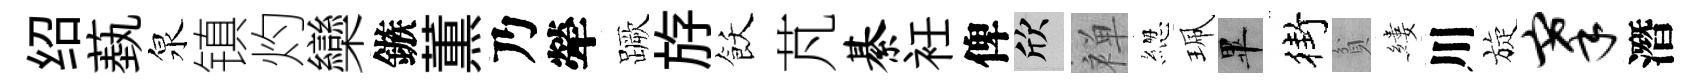
绍蓺泉镇灼欒鏃薫乃犖蹶斿飫芃綦衽俾欣禅緫珮畢街貧縷川旋搴潛